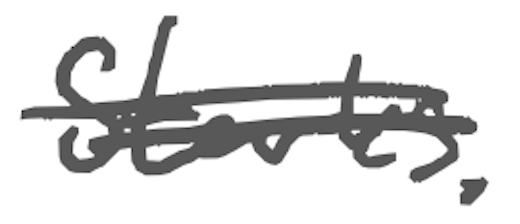
Text: Starks.
Cross-out: double-line
Writing tool: digital_gray